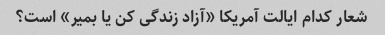
شعار کدام ایالت آمریکا «آزاد زندگی کن یا بمیر» است؟